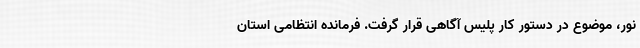
نور، موضوع در دستور کار پلیس آگاهی قرار گرفت. فرمانده انتظامی استان